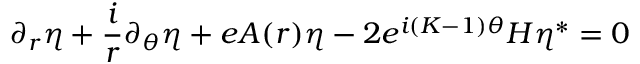
\partial _ { r } \eta + \frac { i } { r } \partial _ { \theta } \eta + e A ( r ) \eta - 2 e ^ { i ( K - 1 ) \theta } { \cal { H } } \eta ^ { * } = 0